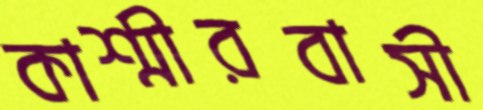
কাশ্মীরবাসী